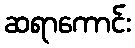
ဆရာကောင်း